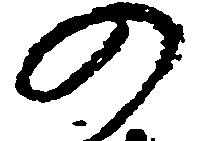
の